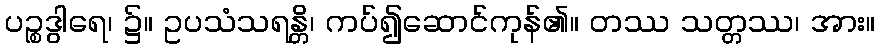
ပဉ္စဒွါရေ၊ ၌။ ဥပသံသရန္တိ၊ ကပ်၍ဆောင်ကုန်၏။ တဿ သတ္တဿ၊ အား။